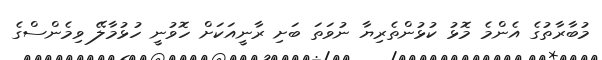
މުބާރާތުގެ އެންމެ މޮޅު ކުޅުންތެރިޔާ ނުވަތަ ބަށި ރާނީއަކަށް ހޮވުނީ ހުޅުމާލޭ ވިމެންސްގެ